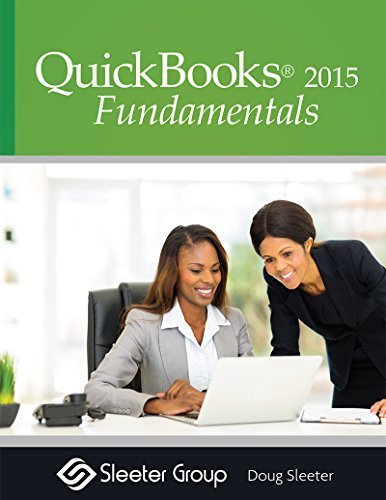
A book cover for QuickBooks Fundamentals 2015; Doug Sleeter; Computers & Technology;